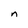
Character: n